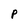
Character: P